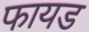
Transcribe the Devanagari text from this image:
फायड